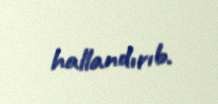
hallandırıb.